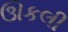
ઊકલી